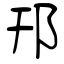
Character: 邗